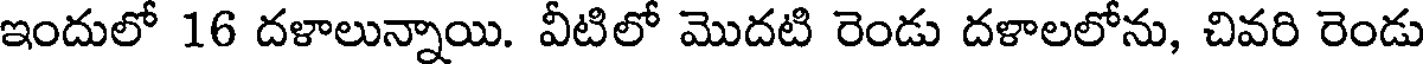
ఇందులో 16 దళాలున్నాయి. వీటిలో మొదటి రెండు దళాలలోను, చివరి రెండు